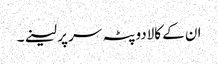
ان کے کالادوپٹہ سر پر لینے۔